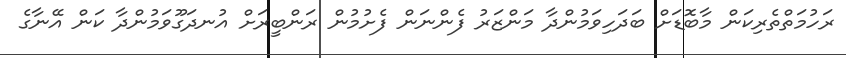
ރަހުމަތްތެރިކަން މާބޮޑަށް ބަދަހިވަމުންދާ މަންޒަރު ފެންނަން ފެށުމުން ރަންބީރަށް އުނދަގޫވަމުންދާ ކަން އޭނާގެ